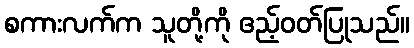
စကားလက်က သူတို့ကို ဧည့်ဝတ်ပြုသည်။